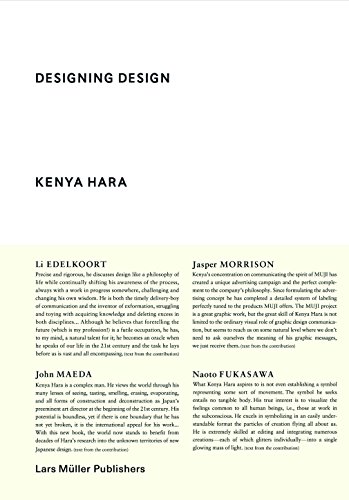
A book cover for Designing Design; Kenya Hara; Arts & Photography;